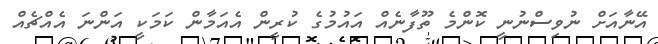
އޭނާއަށް ނުވިސްނުނީ ކޮންމެ ތޫފާނެއް އައުމުގެ ކުރީން އެއަމާން ކަމަކީ އަންނަ އެއްޗެއް